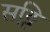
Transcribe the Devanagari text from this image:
सठ्ठि